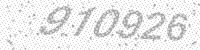
Solution: 910926